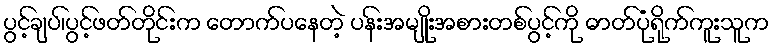
ပွင့်ချပ်၊ပွင့်ဖတ်တိုင်းက တောက်ပနေတဲ့ ပနး်အမျိုးအစားတစ်ပွင့်ကို ဓာတ်ပုံရိုက်ကူးသူက